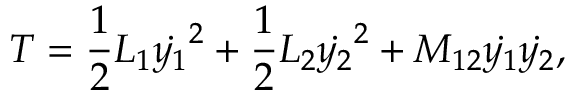
T = \frac { 1 } { 2 } L _ { 1 } { \dot { y _ { 1 } } } ^ { 2 } + \frac { 1 } { 2 } L _ { 2 } { \dot { y _ { 2 } } } ^ { 2 } + M _ { 1 2 } \dot { y _ { 1 } } \dot { y _ { 2 } } ,